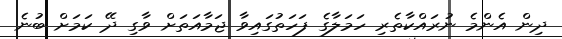
ދިން އެންމެ ނުރައްކާތެރި ހަމަލާގެ ފަހަތުގައިވާ ޖަމާއަތަށް ވާގި ދޭ ކަމަށް ބުނެ